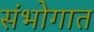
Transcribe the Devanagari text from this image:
संभोगात